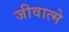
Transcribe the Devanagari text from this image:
जीवात्मे